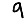
Digit: 9